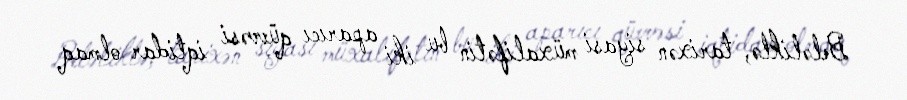
Beləliklə, tarixən siyasi müxalifətin bu iki aparıcı qüvvəsi iqtidar olmaq